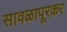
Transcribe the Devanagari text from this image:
सावळापूरकर